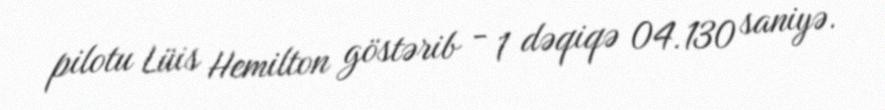
pilotu Lüis Hemilton göstərib - 1 dəqiqə 04.130 saniyə.